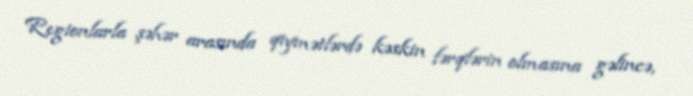
Regionlarla şəhər arasında qiymətlərdə kəskin fərqlərin olmasına gəlincə,